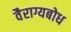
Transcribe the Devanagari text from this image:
वैराग्यबोध